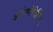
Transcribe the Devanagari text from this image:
अर्धज्योतिर्लिंग